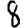
Digit: 8